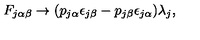
F _ { j \alpha \beta } \rightarrow ( p _ { j \alpha } \epsilon _ { j \beta } - p _ { j \beta } \epsilon _ { j \alpha } ) \lambda _ { j } ,